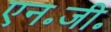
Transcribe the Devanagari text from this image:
एन॰जी॰